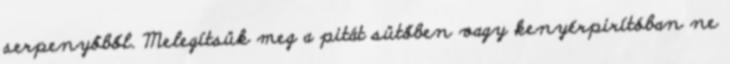
serpenyőből. Melegítsük meg a pitát sütőben vagy kenyérpirítóban ne